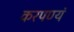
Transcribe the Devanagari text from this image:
करपण्यं